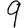
Digit: 9